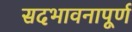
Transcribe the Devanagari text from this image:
सदभावनापूर्ण